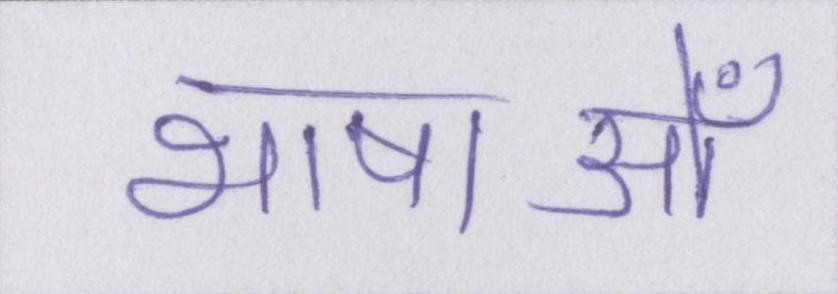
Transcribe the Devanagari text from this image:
भाषाओँ